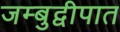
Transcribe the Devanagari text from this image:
जम्बुद्वीपात